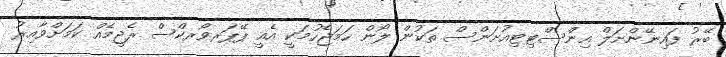
ބޭރު ފައިނޭންށަލް އިންސްޓިޓިއުށަންސް ތަކުން ލޯން ހަމަޖެހުމަކީ އެއީ ޕޭޕަރވޯރކްސް ރެޖީމެއް ކަމަށްވާއިރު